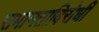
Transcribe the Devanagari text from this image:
समानताविरोधी